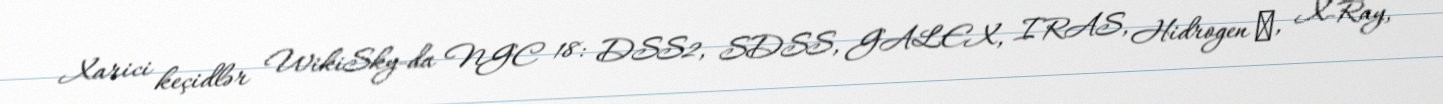
Xarici keçidlər WikiSky-da NGC 18: DSS2, SDSS, GALEX, IRAS, Hidrogen α, X-Ray,